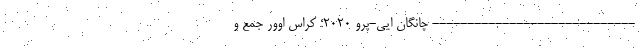
----------------------------- چانگان ایی-پرو 2020؛ کراس اوور جمع و